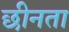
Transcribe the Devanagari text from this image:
छीनता